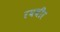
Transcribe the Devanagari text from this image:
रघबीर